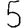
Digit: 5